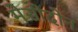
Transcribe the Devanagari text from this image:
मेसीदोन